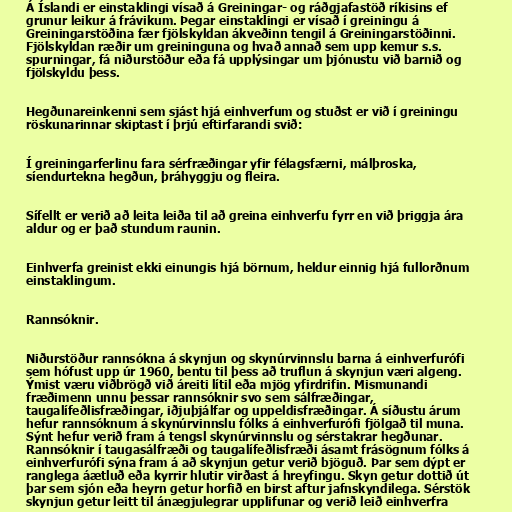
Á Íslandi er einstaklingi vísað á Greiningar- og ráðgjafastöð ríkisins ef
grunur leikur á frávikum. Þegar einstaklingi er vísað í greiningu á
Greiningarstöðina fær fjölskyldan ákveðinn tengil á Greiningarstöðinni.
Fjölskyldan ræðir um greininguna og hvað annað sem upp kemur s.s.
spurningar, fá niðurstöður eða fá upplýsingar um þjónustu við barnið og
fjölskyldu þess.

Hegðunareinkenni sem sjást hjá einhverfum og stuðst er við í greiningu
röskunarinnar skiptast í þrjú eftirfarandi svið:

Í greiningarferlinu fara sérfræðingar yfir félagsfærni, málþroska,
síendurtekna hegðun, þráhyggju og fleira.

Sífellt er verið að leita leiða til að greina einhverfu fyrr en við þriggja ára
aldur og er það stundum raunin.

Einhverfa greinist ekki einungis hjá börnum, heldur einnig hjá fullorðnum
einstaklingum.

Rannsóknir.

Niðurstöður rannsókna á skynjun og skynúrvinnslu barna á einhverfurófi
sem hófust upp úr 1960, bentu til þess að truflun á skynjun væri algeng.
Ýmist væru viðbrögð við áreiti lítil eða mjög yfirdrifin. Mismunandi
fræðimenn unnu þessar rannsóknir svo sem sálfræðingar,
taugalífeðlisfræðingar, iðjuþjálfar og uppeldisfræðingar. Á síðustu árum
hefur rannsóknum á skynúrvinnslu fólks á einhverfurófi fjölgað til muna.
Sýnt hefur verið fram á tengsl skynúrvinnslu og sérstakrar hegðunar.
Rannsóknir í taugasálfræði og taugalífeðlisfræði ásamt frásögnum fólks á
einhverfurófi sýna fram á að skynjun getur verið bjöguð. Þar sem dýpt er
ranglega áætluð eða kyrrir hlutir virðast á hreyfingu. Skyn getur dottið út
þar sem sjón eða heyrn getur horfið en birst aftur jafnskyndilega. Sérstök
skynjun getur leitt til ánægjulegrar upplifunar og verið leið einhverfra